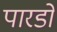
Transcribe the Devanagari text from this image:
पारडो